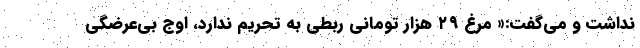
نداشت و می‌گفت:« مرغ ۲۹ هزار تومانی ربطی به تحریم ندارد، اوج بی‌عرضگی